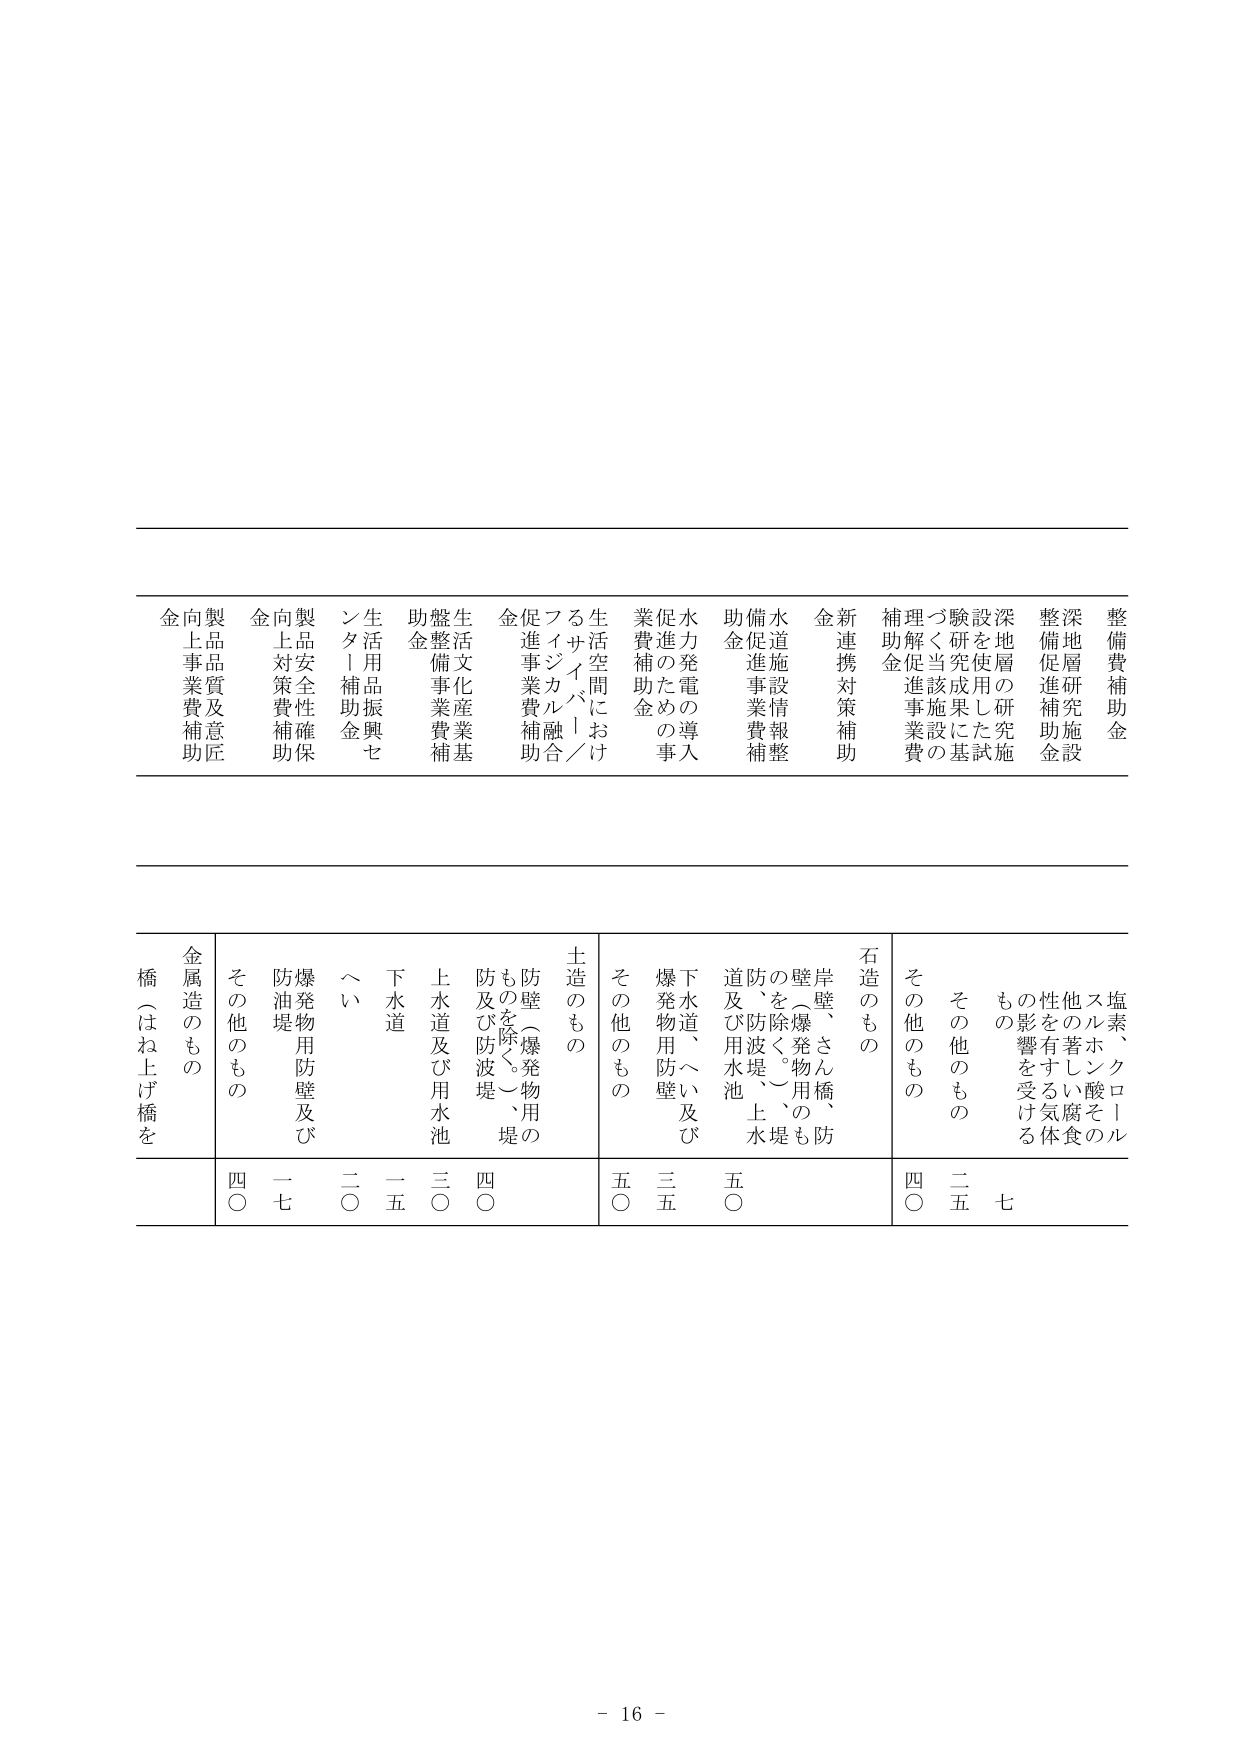
整備補助金
深地層の研究施設
深地層の研究施設
整備促進補助金
深地層研究施設
整備促進補助金
補助金
理く研究成績の基
理く研究成績の基
補助金
新連携対策補助金
新連携対策補助金
水道施設情報整備促進事業費補助金
水道施設情報整備促進事業費補助金
水道施設情報整備促進事業費補助金
水発電の導入促進のための事業費補助金
水発電の導入促進のための事業費補助金
生活空間におけるサバイバル／フジカル融合促進事業費補助金
生活空間におけるサバイバル／フジカル融合促進事業費補助金
生活文化産業基盤整備事業費補助金
生活文化産業基盤整備事業費補助金
生活用品振興センターリ補助金
生活用品振興センターリ補助金
製品安全性確保向上対策費補助金
製品安全性確保向上対策費補助金
製品質及意匠向上事業費補助金
製品質及意匠向上事業費補助金

橋（はね上げ橋を
金属造のもの
その他のもの
防爆発物用防壁及び防油堤
へい
下水道
上水道及び用水池
防壁（爆発物用のものを除く。）堤防及び防波堤
土造のもの
その他のもの
下水道、へい及び爆発物用防壁
道及び用水池
防、防波堤、上水堤
壁（爆発物用のものを除く。）防岸壁、さん橋、防
石造のもの
その他のもの
その他のもの
塩素、クロロルスルホン酸その他の性を有する腐食性の影響を受けるもの
四〇
一七
二〇
一五
三〇
四〇
五〇
三五
五〇
四〇
二五
七

- 16 -